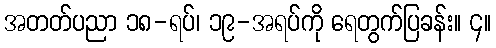
အတတ်ပညာ ၁၈-ရပ်၊ ၁၉-အရပ်ကို ရေတွက်ပြခန်း။ ၄။